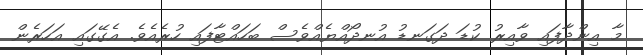
މާ އިންދާފައި ވާއިރު ކުޑަ ދަގަނޑު އުނދޯއްޔެއްވެސް ބަހައްޓާފައި ހުރެއެވެ. އެގޭގައި އަހަރެން